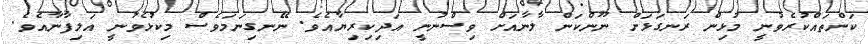
ކަންތައްކުރެވުނީ މުޅިން ރަނގަޅަށް ނޫންކަން ލާނާއަށް ވިސްނުނީ އަދިކިރިޔާއެވެ. ނޭނގިނަމަވެސް މިކުޅެވުނީ އަލިފާނާއެވެ.